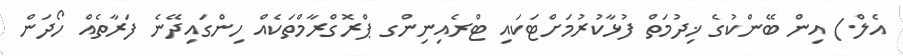
އެލް.) އިން ބޭންކުގެ ޚިދުމަތް ފުޅާކުރުމަށްޓަކައި ޓްރެއިނިންގ ޕްރޮގްރާމްތަކެއް ހިންގައިދޭނެ ފަރާތެއް ހޯދަން